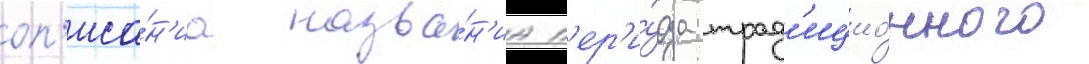
оп'иса́н'иа назва́н'иа п'ер'и́ода трад'ицио́нного